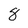
Character: 8